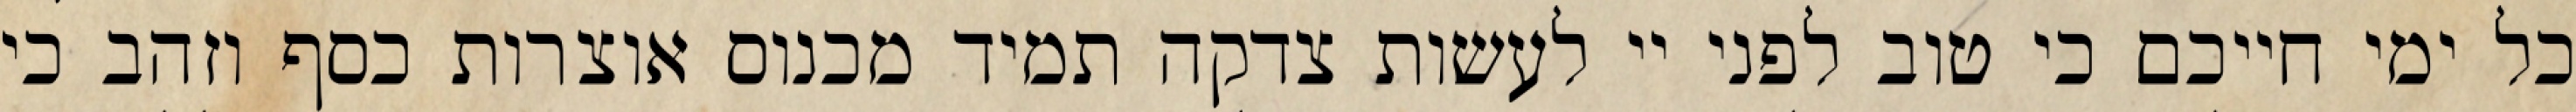
כל ימי חייכם כי טוב לפני יי לעשות צדקה תמיד מכנוס אוצרות כסף וזהב כי